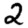
Digit: 2